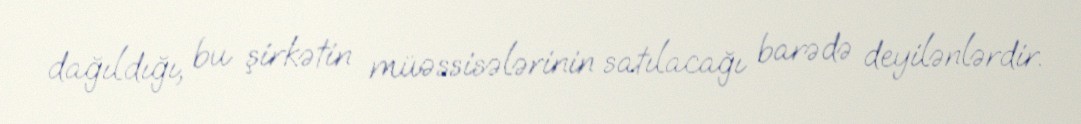
dağıldığı, bu şirkətin müəssisələrinin satılacağı barədə deyilənlərdir.